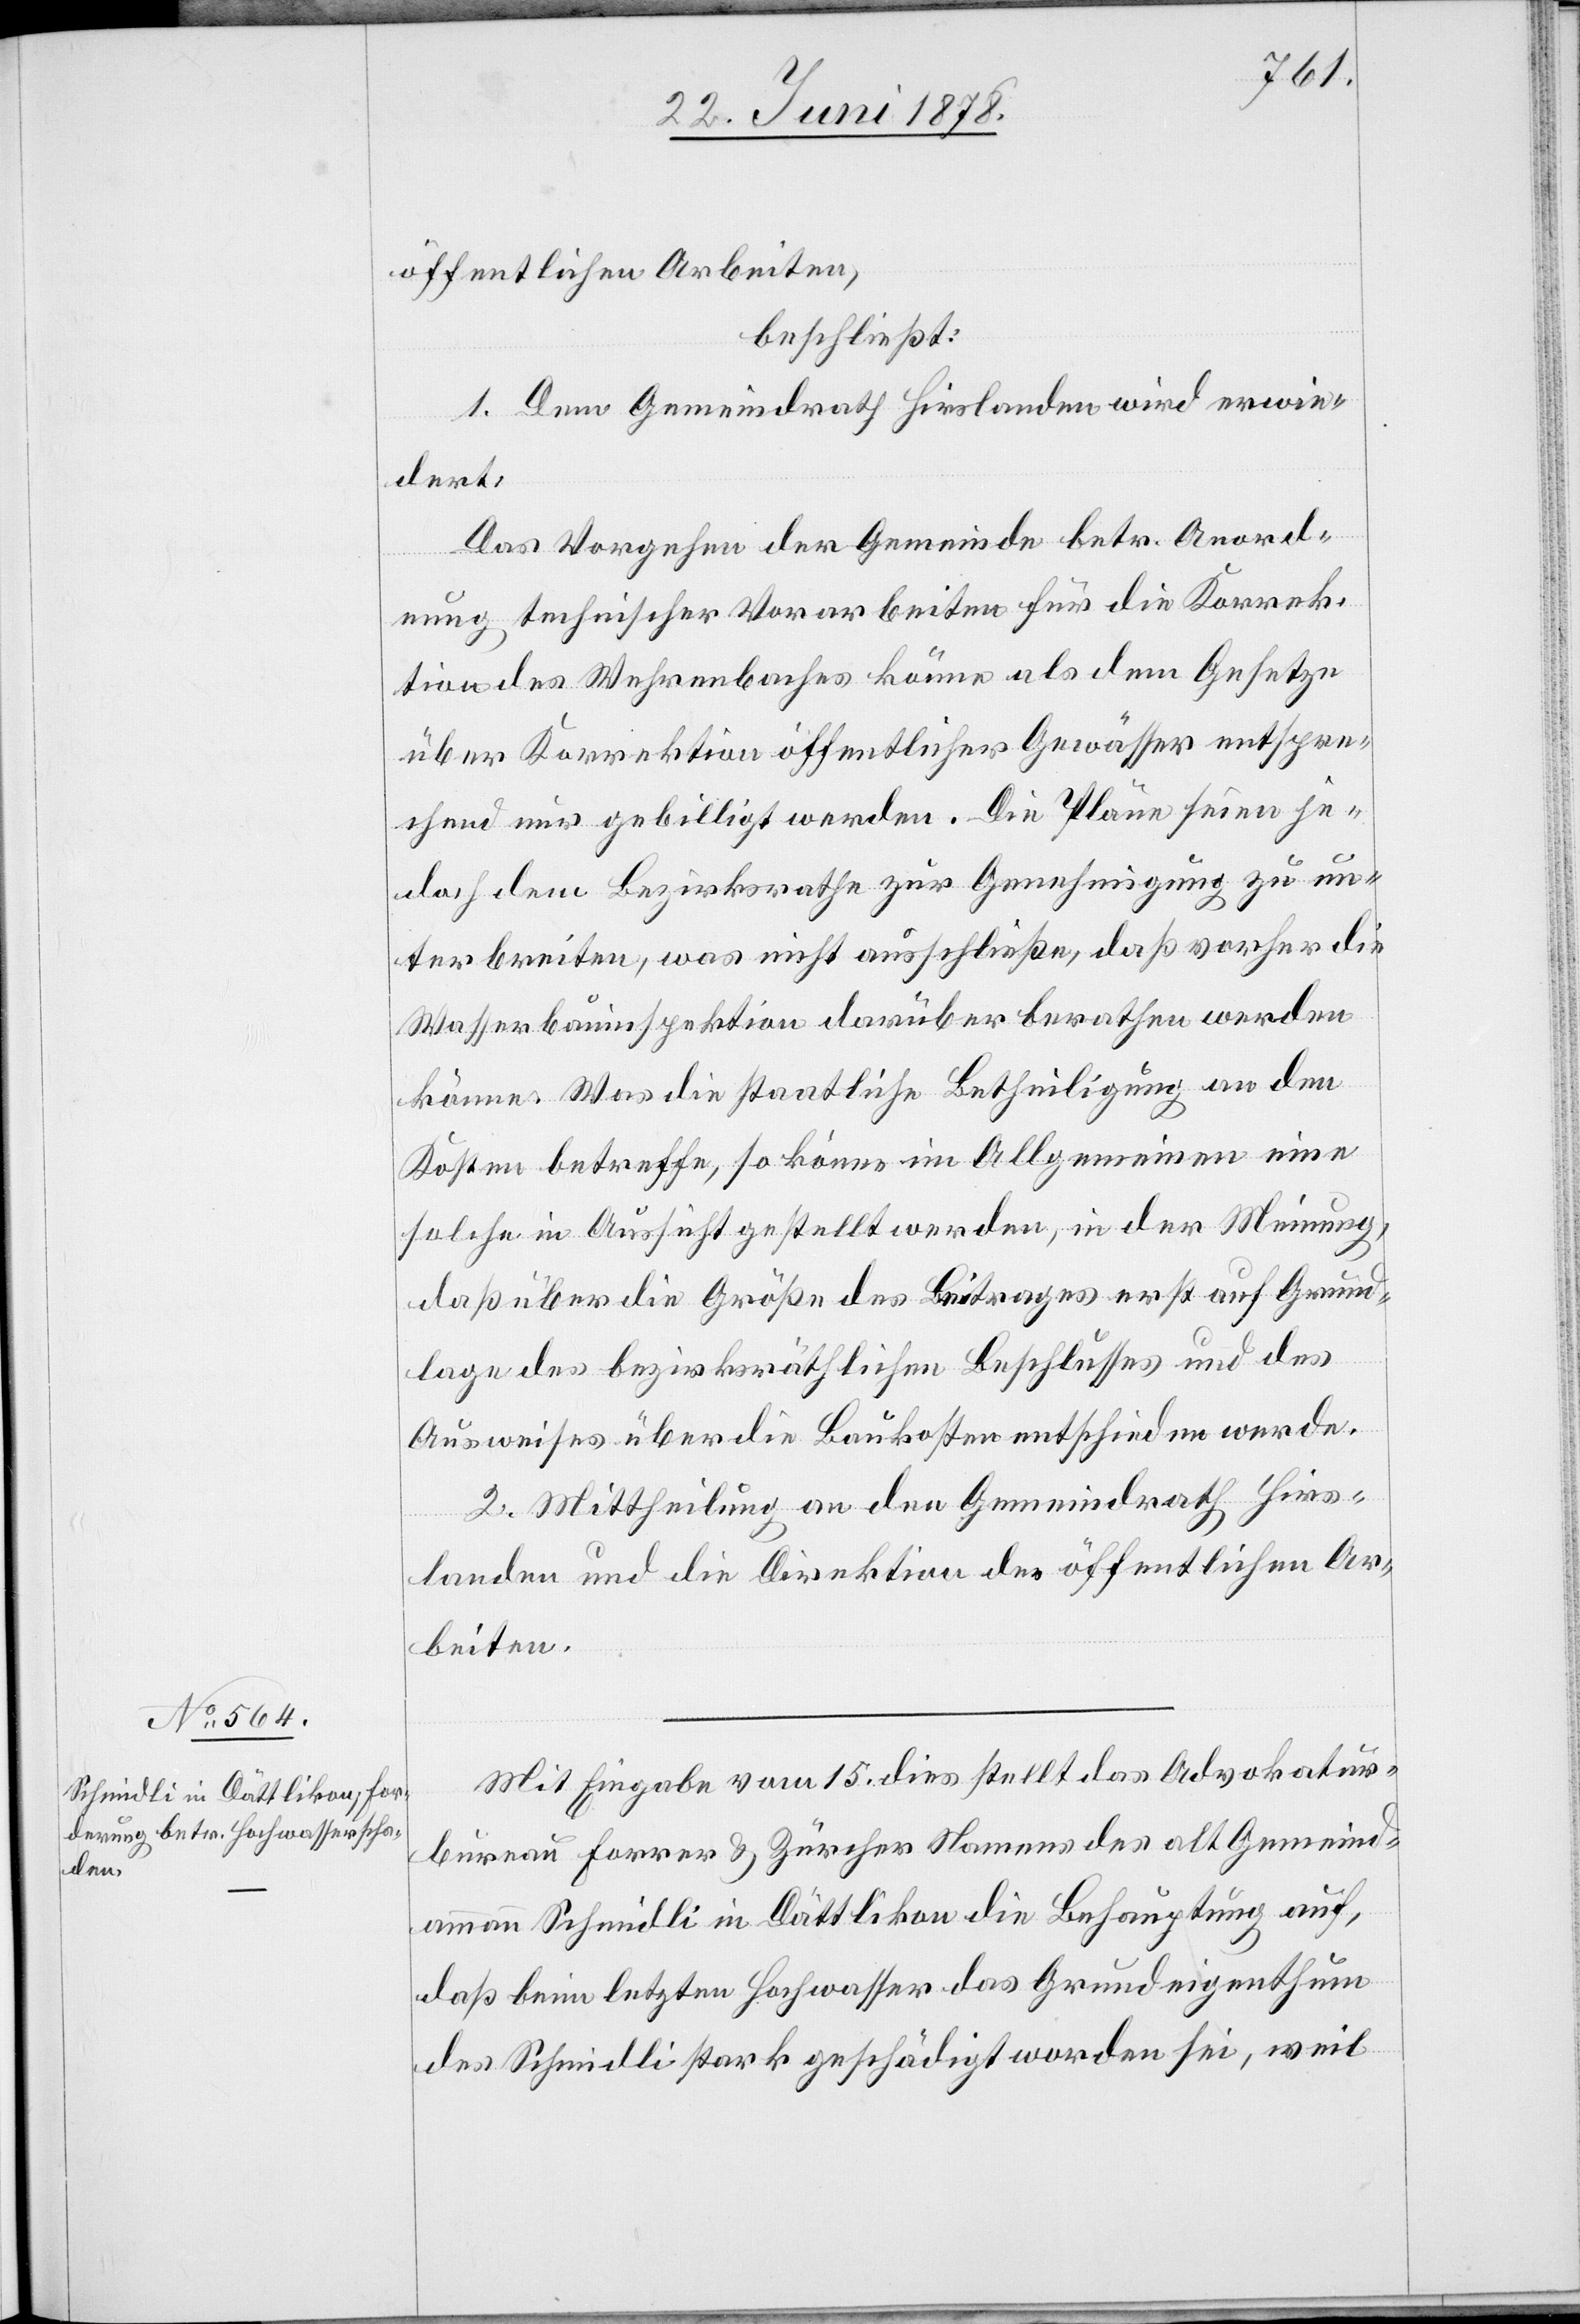
öffentlichen Arbeiten,
beschließt:
1. Dem Gemeindrath Hirslanden wird erwie¬
dert:
Das Vorgehen der Gemeinde betr. Anord¬
nung technischer Vorarbeiten für die Korrek¬
tion des Wehrenbaches könne als dem Gesetze
über Korrektion öffentlicher Gewässer entspre¬
chend nur gebilligt werden. Die Pläne seien je¬
doch dem Bezirksrathe zur Genehmigung zu un¬
terbreiten, was nicht ausschließe, daß vorher die
Wasserbauinspektion darüber berathen werden
könne. Was die staatliche Betheiligung an den
Kosten betreffe, so könne im Allgemeinen eine
solche in Aussicht gestellt werden, in der Meinung,
daß über die Größe des Beitrages erst auf Grund¬
lage des bezirksräthlichen Beschlusses und des
Ausweises über die Baukosten entschieden werde.
2. Mittheilung an den Gemeindrath Hirs¬
landen und die Direktion der öffentlichen Ar¬
beiten.
Mit Eingabe vom 15. dies stellt das Advokatur¬
bureau Forrer & Zürcher Namens des alt Gemeind¬
ammann Schmidli in Dättlikon die Behauptung auf,
daß beim letzten Hochwasser das Grundeigenthum
des Schmidli stark geschädigt worden sei, weil